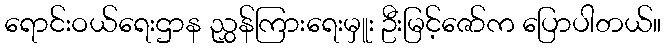
ရောင်းဝယ်ရေးဌာန ညွှန်ကြားရေးမှူး ဦးမြင့်ဇော်က ပြောပါတယ်။